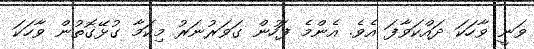
ވަނީ ވާހަކަ ދައްކަވާފަ އެވެ. އެންމެ ފަހުން ގަވަރުނަރު މިކަމާ ގުޅޭގޮތުން ވާހަކަ